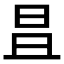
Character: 𣅣